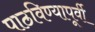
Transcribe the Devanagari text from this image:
पाठविण्यापूर्वी